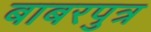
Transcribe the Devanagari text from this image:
बाबरपुत्र